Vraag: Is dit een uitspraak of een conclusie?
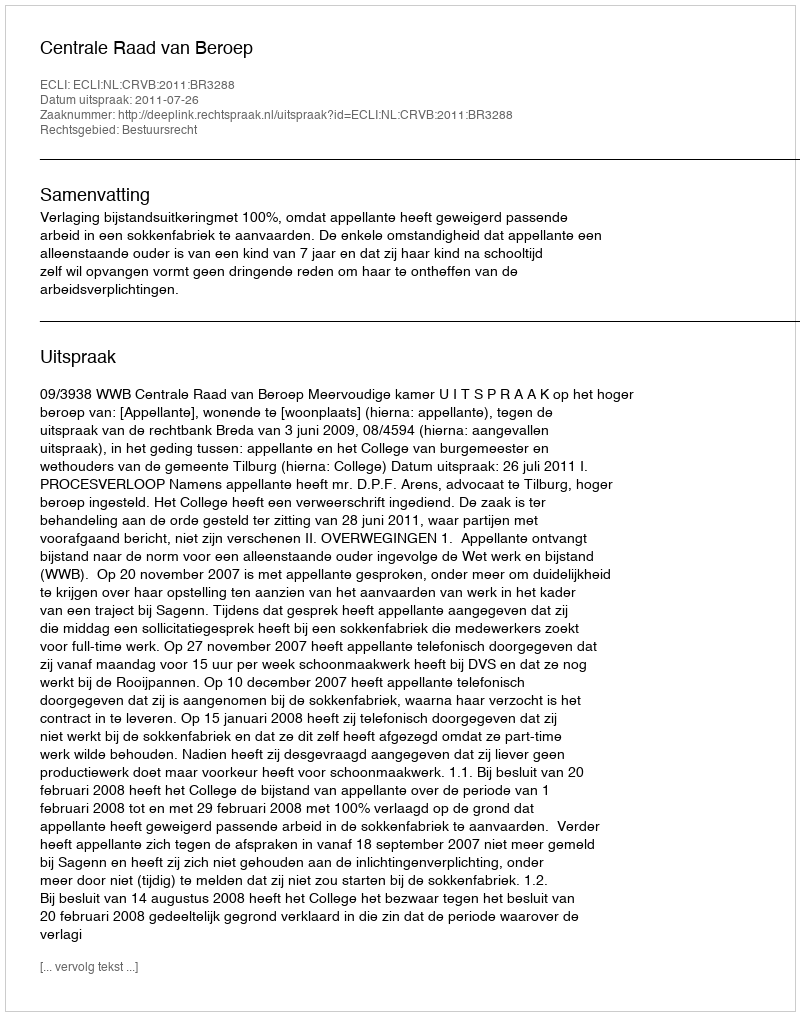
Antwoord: Uitspraak